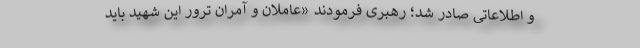
و اطلاعاتی صادر شد؛ رهبری فرمودند «عاملان و آمران ترور این شهید باید